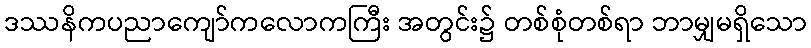
ဒဿနိကပညာကျော်ကလောကကြီး အတွင်း၌ တစ်စုံတစ်ရာ ဘာမျှမရှိသော